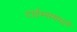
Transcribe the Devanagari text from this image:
टाईम्समधले